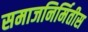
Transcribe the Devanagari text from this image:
समाजनिर्मितीस